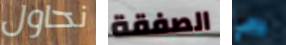
نحاول الصفقة دافي